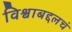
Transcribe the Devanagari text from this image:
विश्वाबद्दलचं